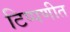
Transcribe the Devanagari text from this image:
टिप्पणीत